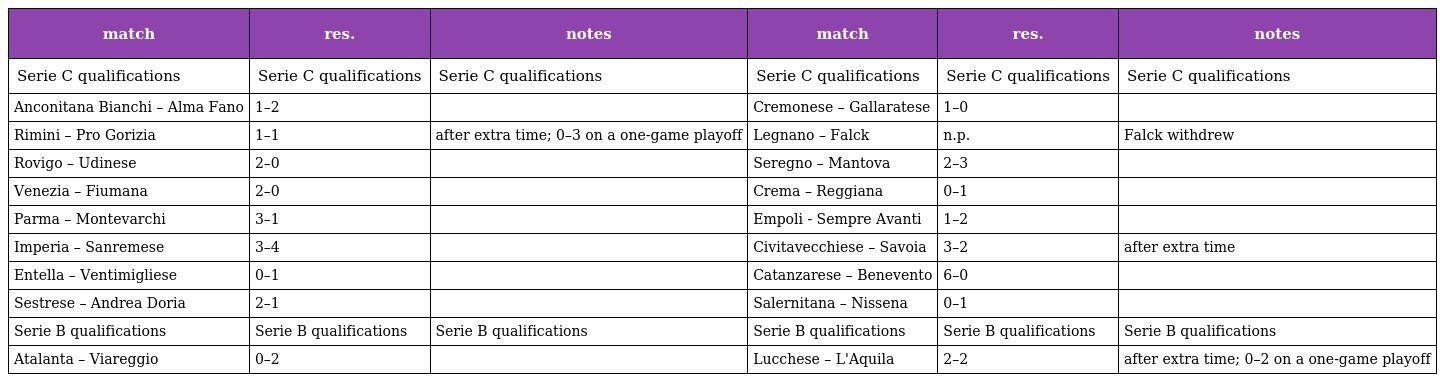
| match | res. | notes | match | res. | notes |
 | --- | --- | --- | --- | --- | --- |
 | Serie C qualifications | Serie C qualifications | Serie C qualifications | Serie C qualifications | Serie C qualifications | Serie C qualifications |
 | Anconitana Bianchi – Alma Fano | 1–2 |  | Cremonese – Gallaratese | 1–0 |  |
 | Rimini – Pro Gorizia | 1–1 | after extra time; 0–3 on a one-game playoff | Legnano – Falck | n.p. | Falck withdrew |
 | Rovigo – Udinese | 2–0 |  | Seregno – Mantova | 2–3 |  |
 | Venezia – Fiumana | 2–0 |  | Crema – Reggiana | 0–1 |  |
 | Parma – Montevarchi | 3–1 |  | Empoli - Sempre Avanti | 1–2 |  |
 | Imperia – Sanremese | 3–4 |  | Civitavecchiese – Savoia | 3–2 | after extra time |
 | Entella – Ventimigliese | 0–1 |  | Catanzarese – Benevento | 6–0 |  |
 | Sestrese – Andrea Doria | 2–1 |  | Salernitana – Nissena | 0–1 |  |
 | Serie B qualifications | Serie B qualifications | Serie B qualifications | Serie B qualifications | Serie B qualifications | Serie B qualifications |
 | Atalanta – Viareggio | 0–2 |  | Lucchese – L'Aquila | 2–2 | after extra time; 0–2 on a one-game playoff |